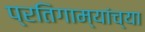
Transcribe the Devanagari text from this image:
प्रतिगाम्यांच्या